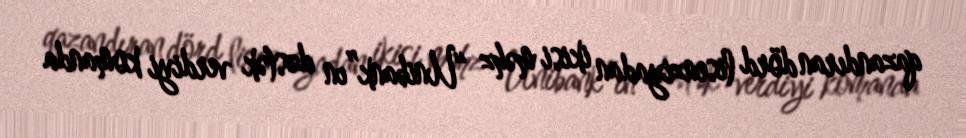
qazandıran dörd lisenziyadan ikisi məhz “Unibank”ın dəstək verdiyi komanda